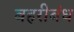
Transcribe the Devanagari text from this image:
बहरीबंध